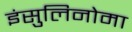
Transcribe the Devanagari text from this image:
इंसुलिनोमा